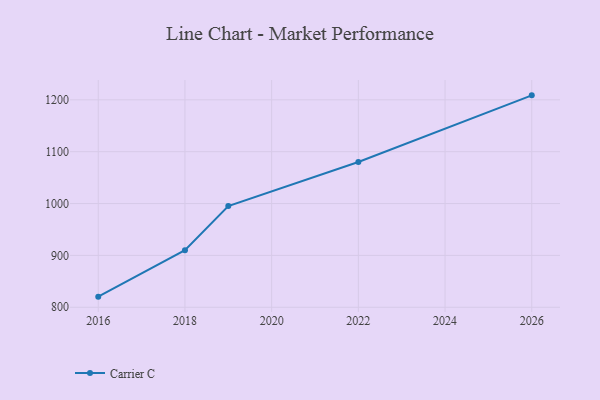
{"axis": {"x": "Year", "y": "Inventory Turnover"}, "legend": ["Carrier C"], "data": [{"x": "2026", "y": 1208.6, "type": "Carrier C"}, {"x": "2022", "y": 1080.0, "type": "Carrier C"}, {"x": "2019", "y": 995.1, "type": "Carrier C"}, {"x": "2018", "y": 910.1, "type": "Carrier C"}, {"x": "2016", "y": 820.5, "type": "Carrier C"}]}